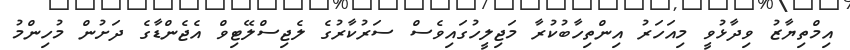
އިމްތިޔާޒު ވިދާޅުވީ މިއަހަރު އިންތިހާބުކުރާ މަޖިލީހުގަައިވެސް ސަރުކާރުގެ ލެޖިސްލޭޓިވް އެޖެންޑާގެ ދަށުން މުހިންމު